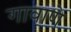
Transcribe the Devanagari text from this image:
गावाणे